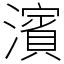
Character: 濱